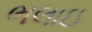
ભલાઇ